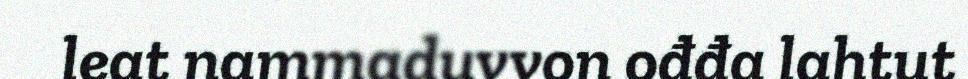
leat nammaduvvon ođđa lahtut